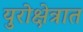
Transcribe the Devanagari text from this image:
युरोक्षेत्रात